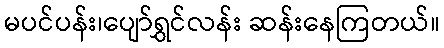
မပင်ပန်း၊ပျော်ရွှင်လန်း ဆန်းနေကြတယ်။